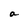
Character: a